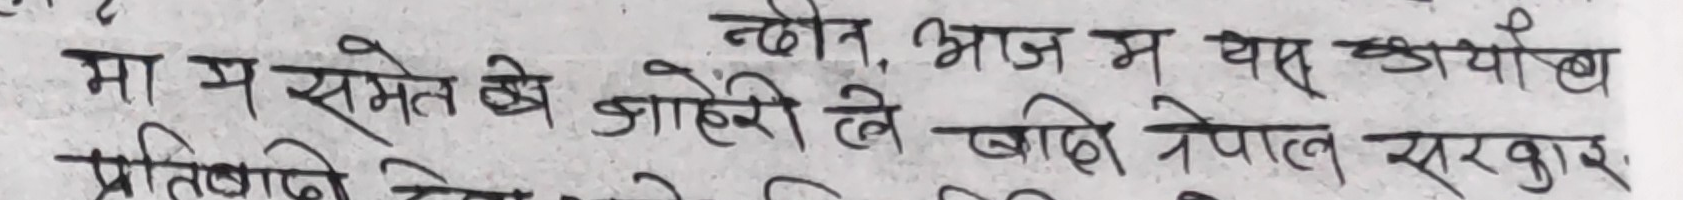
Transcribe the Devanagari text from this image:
न्दोन, आज म यस कार्याध
मा म समेत को जाहेरी ले बाहो नेपाल सरकार
प्रतिबनि